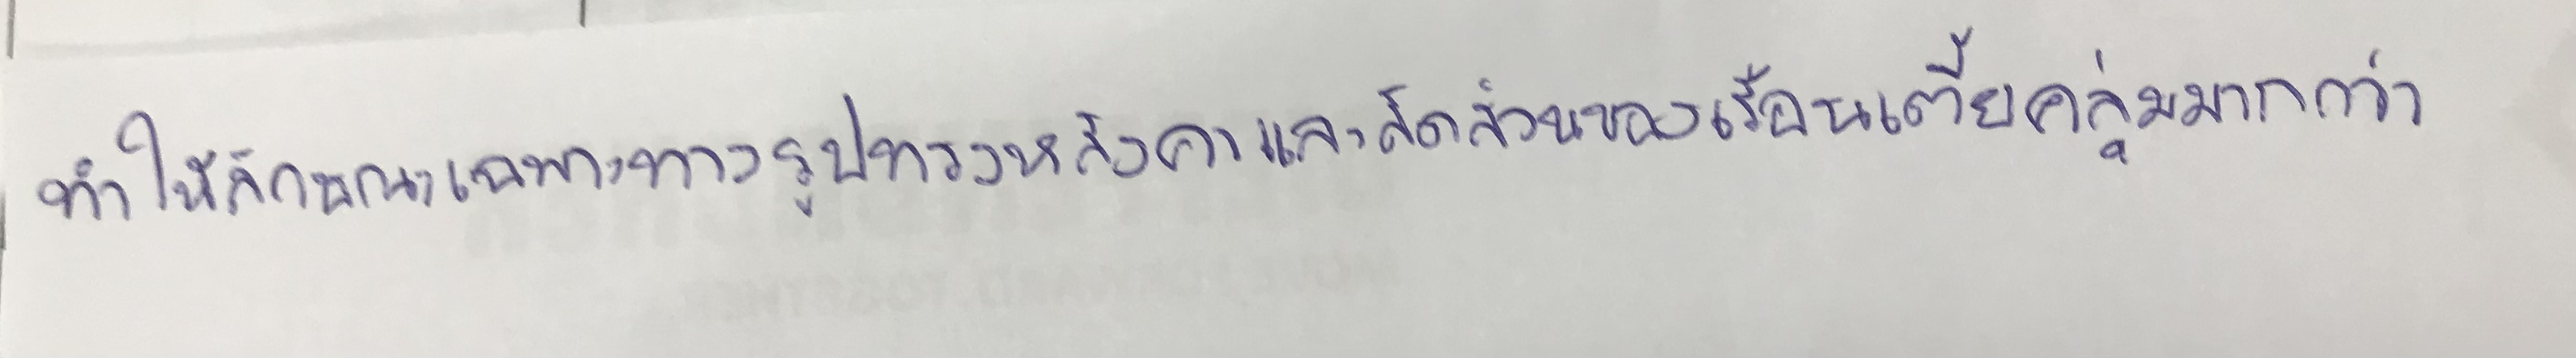
ทำให้ลักษณะเฉพาะทางรูปทรงหลังคาและสัดส่วนของเรือนเตี้ยคลุ่มมากกว่า